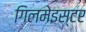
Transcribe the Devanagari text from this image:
गिलमेइस्टर